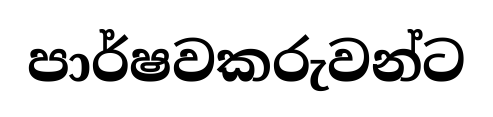
පාර්ෂවකරුවන්ට